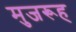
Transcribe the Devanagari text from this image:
मुजरूह